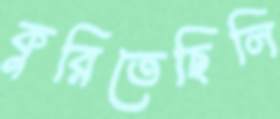
কুরিতেছিলি